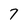
Character: 7